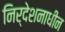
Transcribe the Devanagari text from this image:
निर्देशनाधीन